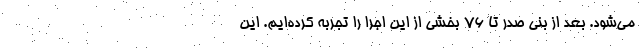
می‌شود. بعد از بنی صدر تا ۷۶ بخشی از این اجرا را تجربه کرده‌ایم. این